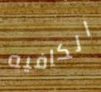
الكافيه